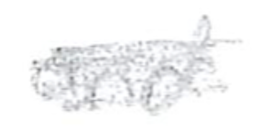
Text: and
Cross-out: scratch
Writing tool: pencil